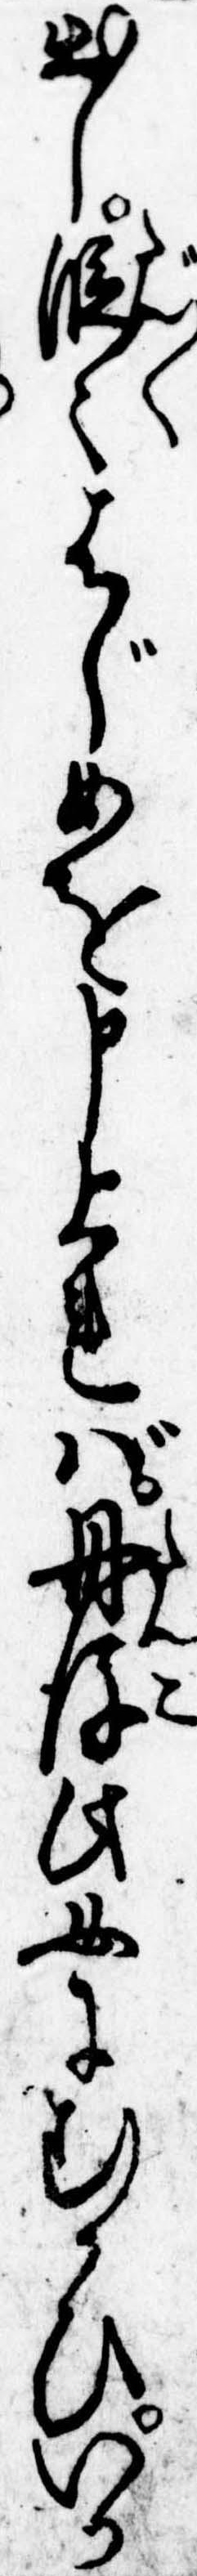
出し段々はじめを申上れば丹後此女にむかひいか